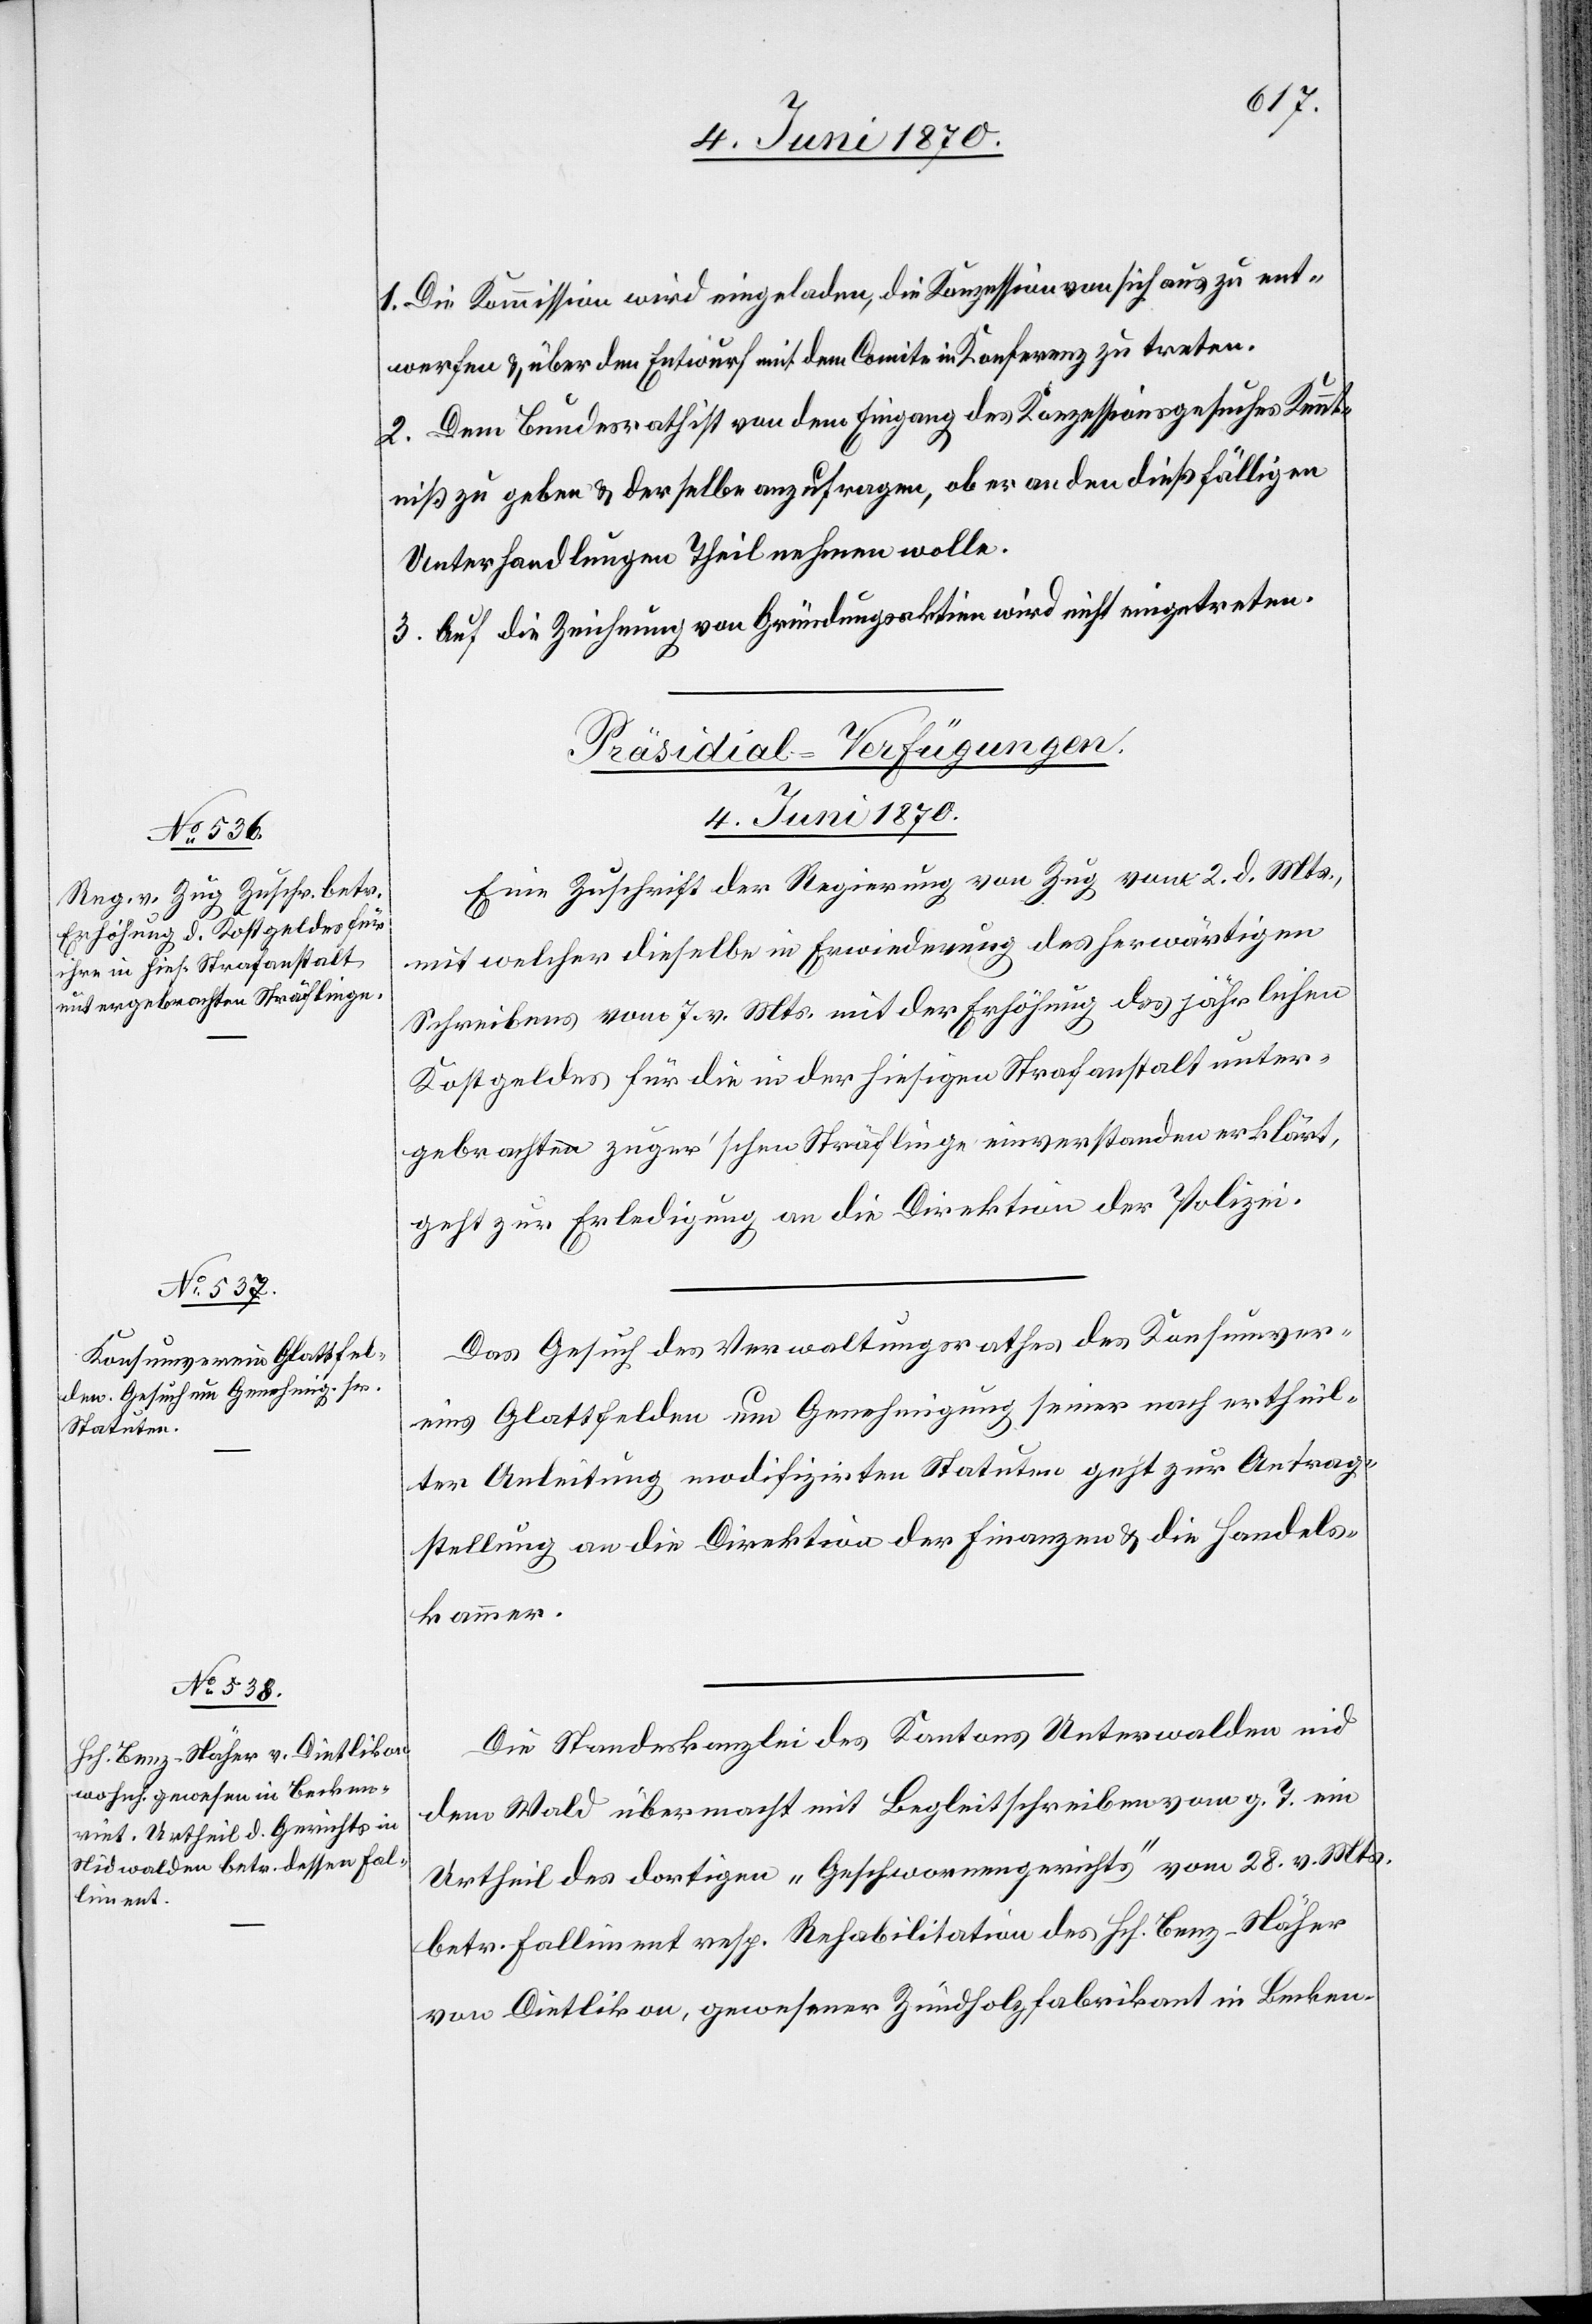
1. Die Kommission wird eingeladen, die Konzession von sich aus zu ent¬
werfen & über den Entwurf mit dem Comite in Konferenz zu treten.
2. Dem Bundesrath ist von dem Eingang des Konzessionsgesuches Kennt¬
niß zu geben & derselbe anzufragen, ob er an den dießfälligen
Unterhandlungen Theil nehmen wolle.
3. Auf die Zeichnung von Gründungsaktien wird nicht eingetreten.
[Präsidial-Verfügungen.
4. Juni 1870.]
Eine Zuschrift der Regierung von Zug vom 2. d. Mts.,
mit welcher dieselbe in Erwiederung des herwärtigen
Schreibens vom 7. v. Mts. mit der Erhöhung des jährlichen
Kostgeldes für die in der hiesigen Strafanstalt unter¬
gebrachten zuger’schen Sträflinge einverstanden erklärt,
geht zur Erledigung an die die Direktion der Polizei.
Das Gesuch des Verwaltungsrathes des Konsumver¬
eins Glattfelden um Genehmigung seiner nach ertheil¬
ter Anleitung modifzirten Statuten geht zur Antrag¬
stellung an die Direktion der Finanzen & die Handels¬
kammer.
Die Standeskanzlei des Kantons Unterwalden nid
dem Wald übermacht mit Begleitschreiben vom g. T. ein
Urtheil des dortigen „Geschwornengerichts“ vom 28. v. Mts.
betr. Falliment resp. Rehabilitation des Hch. Benz-Näher
von Dietlikon, gewesener Zündholzfabrikant in Becken-